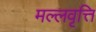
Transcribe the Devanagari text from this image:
मल्लवृत्ति